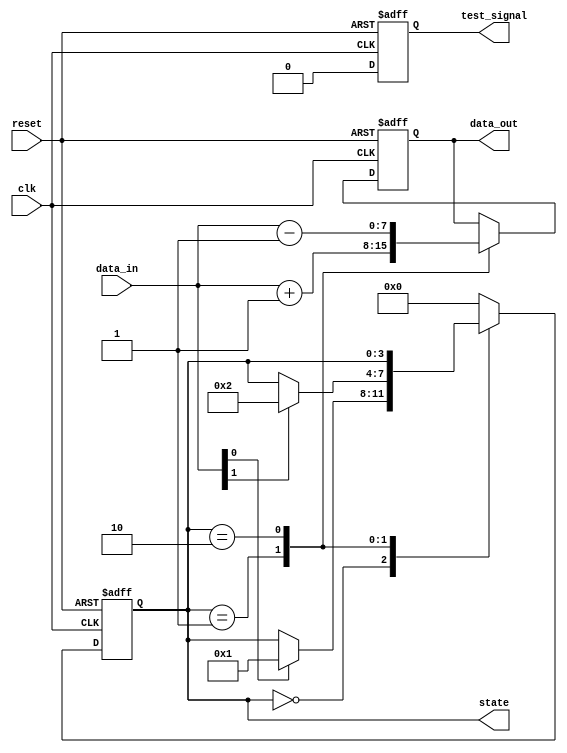
module reset_condition_block (
    input wire clk,          // Clock signal
    input wire reset,        // Active-high asynchronous reset signal
    input wire [7:0] data_in, // Example data input
    output reg [7:0] data_out, // Example data output
    output reg [3:0] state,    // Internal state variable
    output reg test_signal      // Test signal for verification
);

// Define the states
localparam RESET_STATE = 4'b0000;
localparam STATE_1     = 4'b0001;
localparam STATE_2     = 4'b0010;
// Add more states as needed

// Initial state
initial begin
    state = RESET_STATE;  // Set initial state
    data_out = 8'b0;      // Initialize output data
    test_signal = 1'b0;   // Initialize test signal
end

// State Management Block
always @(posedge clk or posedge reset) begin
    if (reset) begin
        // Asynchronous reset condition
        state <= RESET_STATE; // Transition to reset state
        data_out <= 8'b0;     // Reset output data
        test_signal <= 1'b1;  // Set test signal to indicate reset
    end else begin
        // Normal operation
        test_signal <= 1'b0;  // Clear test signal after reset
        case (state)
            RESET_STATE: begin
                // Transition logic from reset state
                if (data_in[0]) begin
                    state <= STATE_1; // Example condition to change state
                end
            end
            STATE_1: begin
                // Processing logic for STATE_1
                data_out <= data_in + 1; // Example operation
                if (data_in[1]) begin
                    state <= STATE_2; // Condition to transition to STATE_2
                end
            end
            STATE_2: begin
                // Processing logic for STATE_2
                data_out <= data_in - 1; // Example operation
                // Add more state transitions as needed
            end
            default: begin
                state <= RESET_STATE; // Default to reset state
            end
        endcase
    end
end

endmodule